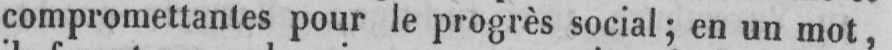
compromettantes pour le progrès social; en un mot,